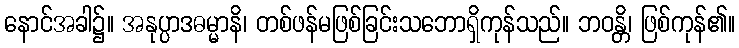
နောင်အခါ၌။ အနုပ္ပာဒဓမ္မာနိ၊ တစ်ဖန်မဖြစ်ခြင်းသဘောရှိကုန်သည်။ ဘဝန္တိ၊ ဖြစ်ကုန်၏။